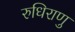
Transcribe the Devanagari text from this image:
रुधिराणु